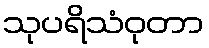
သုပရိသံဝုတာ